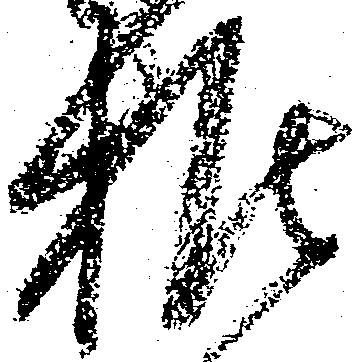
推